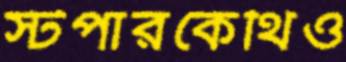
স্টপারকেথিও